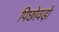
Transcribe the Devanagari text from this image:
पिछोवड़ों